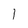
Character: 1